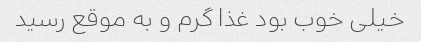
خیلی خوب بود غذا گرم و به موقع رسید